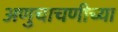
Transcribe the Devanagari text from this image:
अणुचाचणीच्या